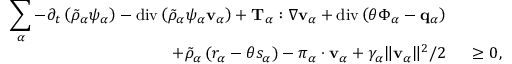
\begin{array} { r l } { \displaystyle \sum _ { \alpha } - \partial _ { t } \left( \tilde { \rho } _ { \alpha } \psi _ { \alpha } \right) - \mathrm { d i v } \left( \tilde { \rho } _ { \alpha } \psi _ { \alpha } \mathbf { v } _ { \alpha } \right) + \mathbf { T } _ { \alpha } : \nabla \mathbf { v } _ { \alpha } + \mathrm { d i v } \left( \theta \boldsymbol { \Phi } _ { \alpha } - \mathbf { q } _ { \alpha } \right) } & { { } } \\ { + \tilde { \rho } _ { \alpha } \left( r _ { \alpha } - \theta s _ { \alpha } \right) - \boldsymbol { \pi } _ { \alpha } \cdot \mathbf { v } _ { \alpha } + \gamma _ { \alpha } \| \mathbf { v } _ { \alpha } \| ^ { 2 } / 2 } & { { } ~ \geq 0 , } \end{array}